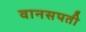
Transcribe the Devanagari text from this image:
वानसपती